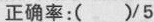
正确率:( )/5